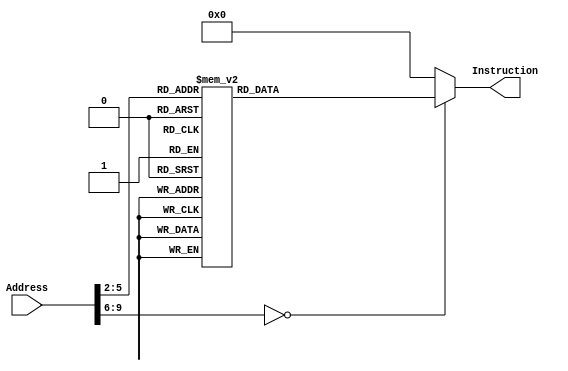
module InstructionMemory(
        input      [32 -1:0] Address,
        output reg [32 -1:0] Instruction
    );

    always @(*)
    case (Address[9:2])

        // -------- Paste Binary Instruction Below (Inst-q1-1/Inst-q1-2.txt)

        8'd0:
            Instruction <= 32'h20040000;
        8'd1:
            Instruction <= 32'h20050020;
        8'd2:
            Instruction <= 32'h20100000;
        8'd3:
            Instruction <= 32'h8c880000;
        8'd4:
            Instruction <= 32'h8c890004;
        8'd5:
            Instruction <= 32'h71095002;
        8'd6:
            Instruction <= 32'h020a8020;
        8'd7:
            Instruction <= 32'h20840008;
        8'd8:
            Instruction <= 32'h10850001;
        8'd9:
            Instruction <= 32'h08100003;
        8'd10:
            Instruction <= 32'hacb00000;
        8'd11:
            Instruction <= 32'h0810000b;

        // -------- Paste Binary Instruction Above

        default:
            Instruction <= 32'h00000000;
    endcase

endmodule